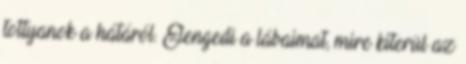
tottyanok a hátáról. Elengedi a lábaimat, mire kiterül az